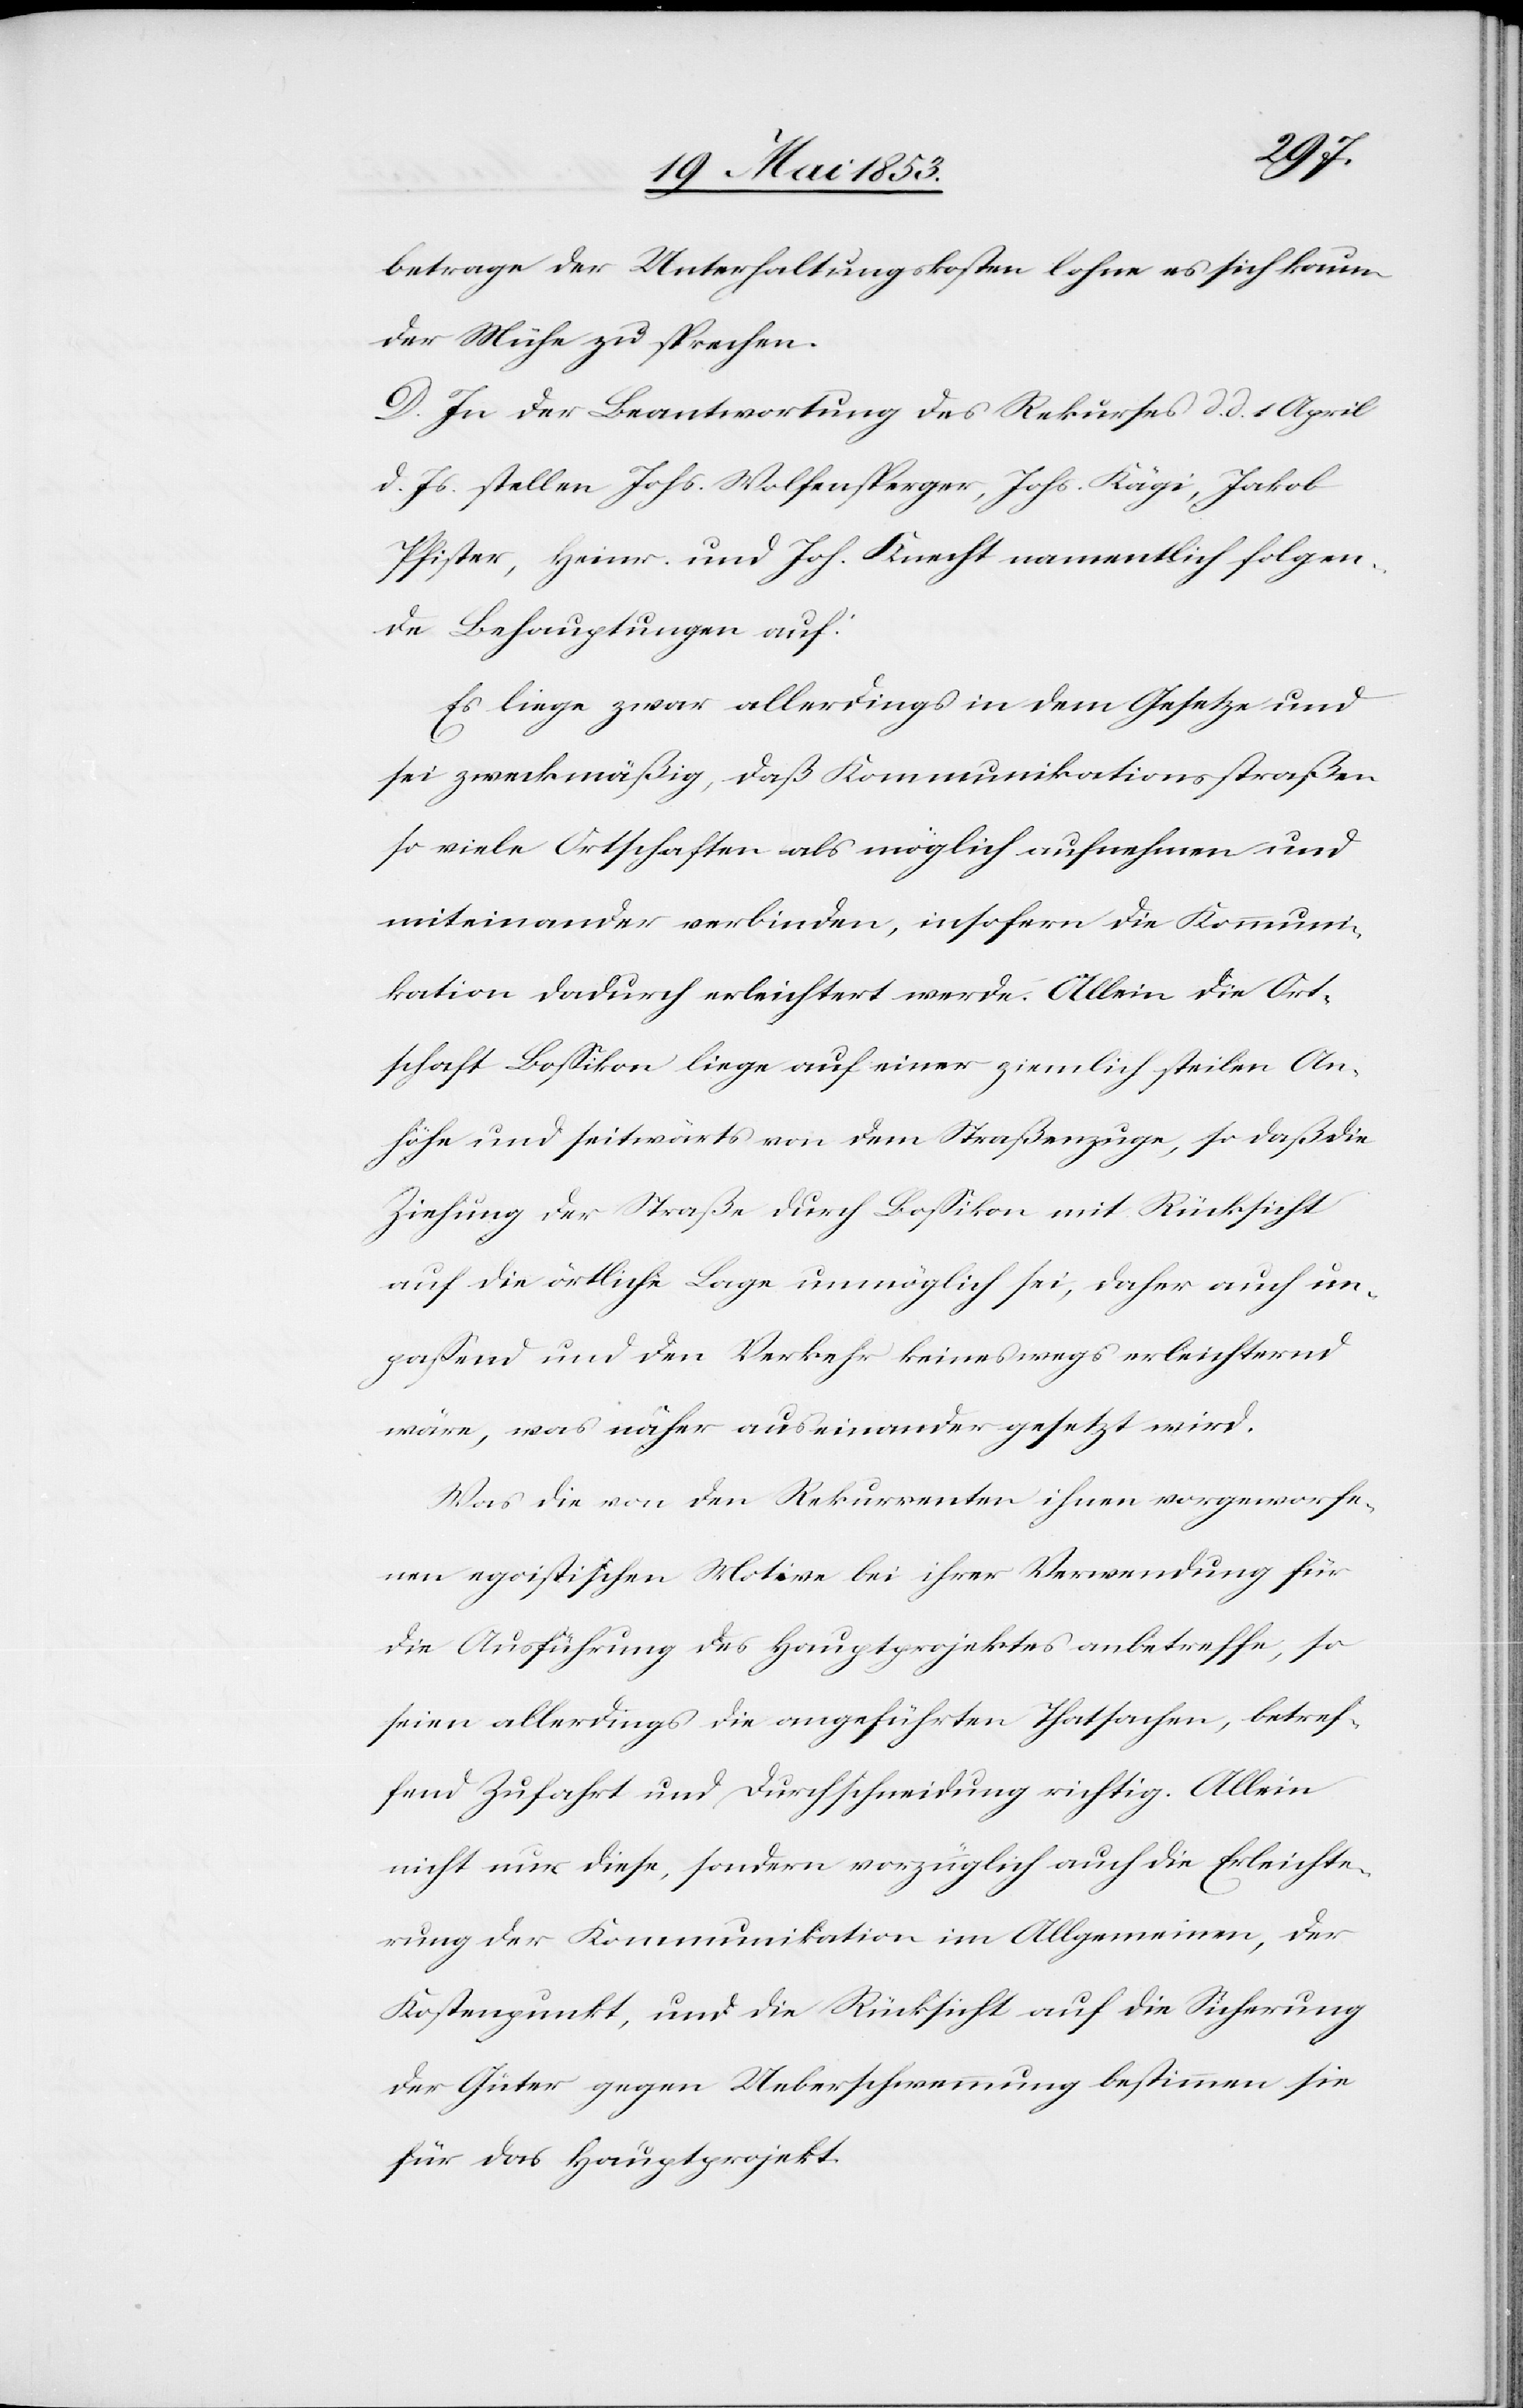
betrage der Unterhaltungskosten lohne es sich kaum
der Mühe zu sprechen.
D. In der Beantwortung des Rekurses d. d. 1 April
d. Js. stellen Johs. Wolfensperger, Johs. Kägi, Jakob
Pfister, Heinr. und Joh. Knecht namentlich folgen¬
de Behauptungen auf.
Es liege zwar allerdings in dem Gesetze und
sei zweckmäßig, daß Kommunikationsstraßen
so viele Ortschaften als möglich aufnehmen und
miteinander verbinden, insofern die Kommuni¬
kation dadurch erleichtert werde. Allein die Ort¬
schaft Boßikon liege auf einer ziemlich steilen An¬
höhe und seitwärts von dem Straßenzuge, so daß die
Ziehung der Straße durch Boßikon mit Rücksicht
auf die örtliche Lage unmöglich sei, daher auch un¬
paßend und den Verkehr keineswegs erleichternd
wäre, was näher auseinander gesetzt wird.
Was die von den Rekurrenten ihnen vorgeworfe¬
nen egoistischen Motive bei ihrer Verwendung für
die Ausführung des Hauptprojektes anbetreffe, so
seien allerdings die angeführten Thatsachen, betref¬
fend Zufahrt und Durchschneidung richtig. Allein
nicht nur diese, sondern vorzüglich auch die Erleichte¬
rung der Kommunikation im Allgemeinen, der
Kostenpunkt, und die Rücksicht auf die Sicherung
der Güter gegen Ueberschwemmung bestimmen sie
für das Hauptprojekt.